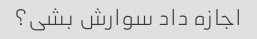
اجازه داد سوارش بشی؟